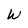
Character: W